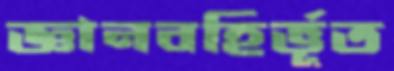
জ্ঞানবহির্ভূত